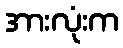
အားလုံးက